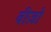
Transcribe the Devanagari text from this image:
वीज़ो